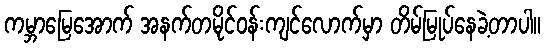
ကမ္ဘာမြေအောက် အနက်တမိုင်ဝန်းကျင်လောက်မှာ တိမ်မြုပ်နေခဲ့တာပါ။